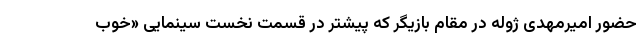
حضور امیرمهدی ژوله در مقام بازیگر که پیشتر در قسمت نخست سینمایی «خوب